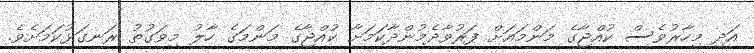
އަދި މިހާރުވެސް ކުއްޖާގެ މަންމައަށް ފަރުވާދެމުންދާކަމަށާ ކުއްޖާގެ މަންމަގެ ހާލު މިވަގުތު ރަނގަޅުކަމަށެވެ.